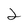
Character: 2